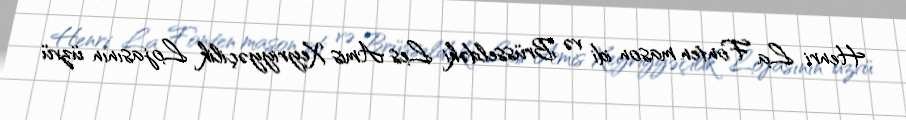
Henri La Fonten mason idi və Brüsseldəki Les Amis Xeyriyyəçilik Lojasının üzvü